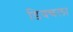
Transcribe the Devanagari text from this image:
डिवचला